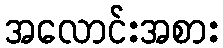
အလောင်းအစား